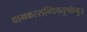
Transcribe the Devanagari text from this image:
वामकरसन्धिचतुष्केषु।